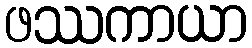
ဖဿကာယာ